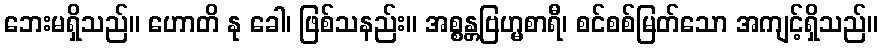
ဘေးမရှိသည်။ ဟောတိ နု ခေါ၊ ဖြစ်သနည်း။ အစ္စန္တဗြဟ္မစာရီ၊ စင်စစ်မြတ်သော အကျင့်ရှိသည်။